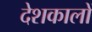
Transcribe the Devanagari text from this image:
देशकालों